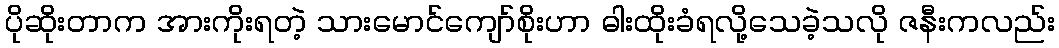
ပိုဆိုးတာက အားကိုးရတဲ့ သားမောင်ကျော်စိုးဟာ ဓါးထိုးခံရလို့သေခဲ့သလို ဇနီးကလည်း